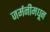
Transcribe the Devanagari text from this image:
जर्मनीमधून